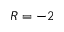
R = - 2